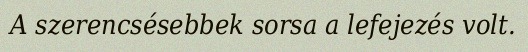
A szerencsésebbek sorsa a lefejezés volt.